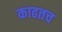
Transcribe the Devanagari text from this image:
काढतच